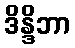
ဒိန္ဒိဘာ